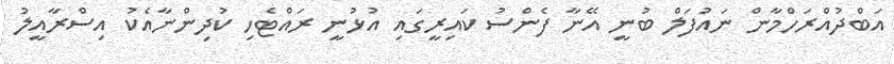
އަބްދުއްރަހްމާން ނައުފަލް ބުނީ އޭނާ ފެންސު ކައިރީގައި އުޅުނީ ރައްޓެހި ކުދިންނާއެކު އިސްރާއީލު